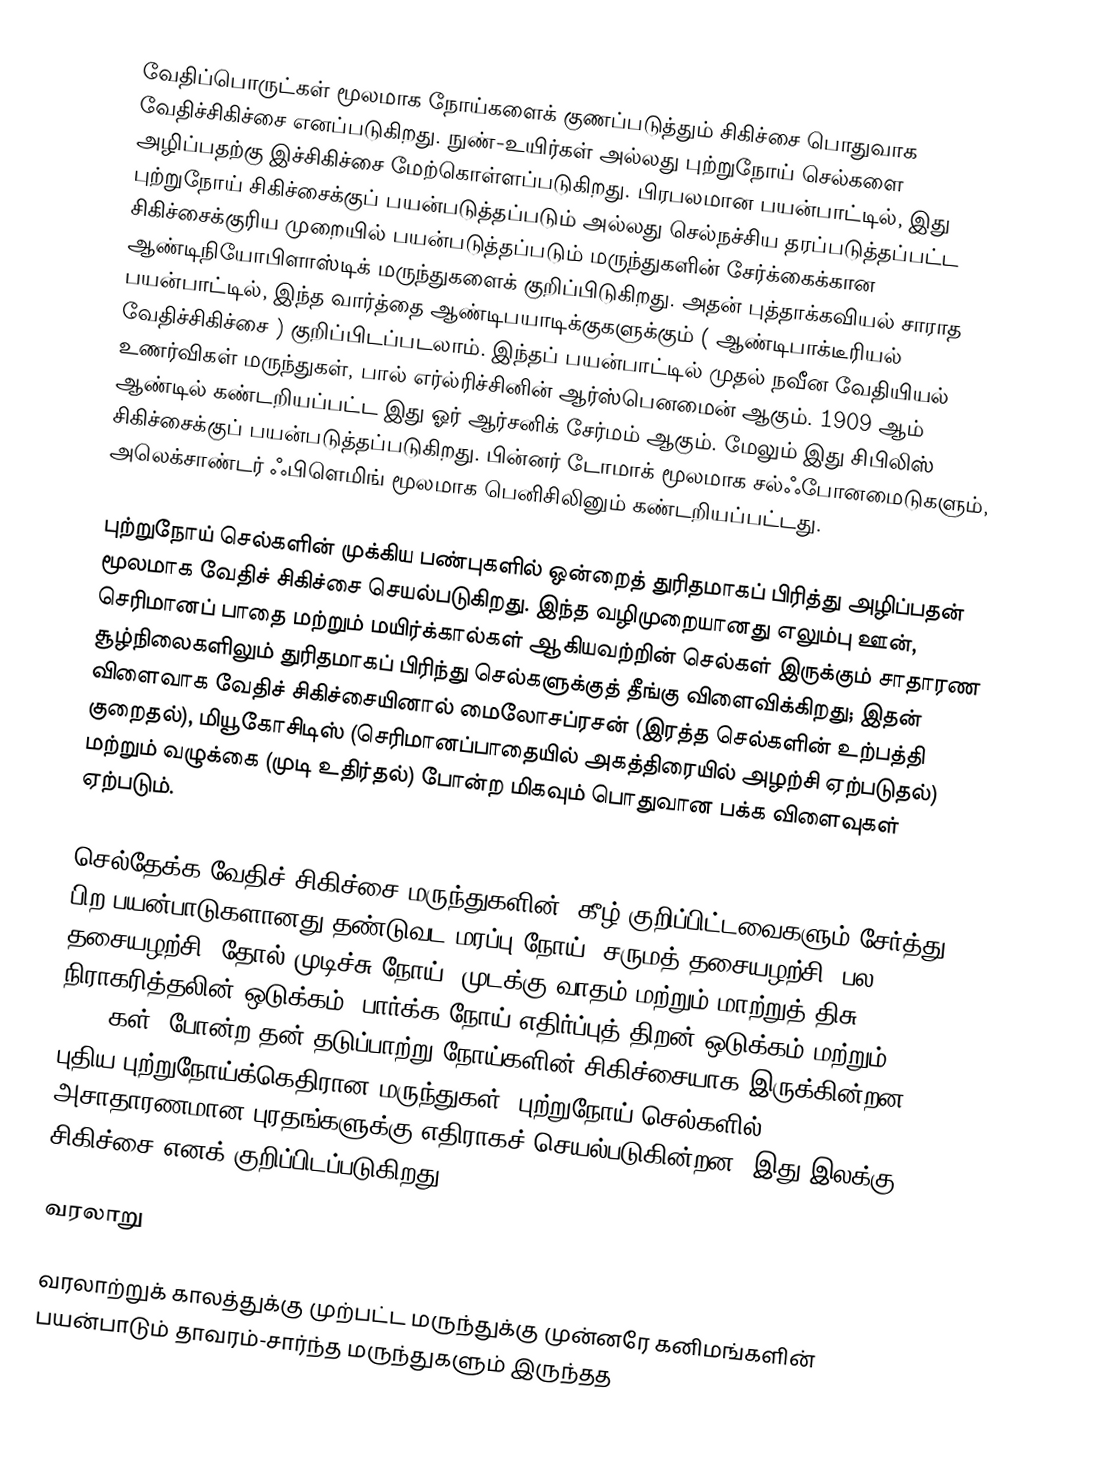
வேதிப்பொருட்கள் மூலமாக நோய்களைக் குணப்படுத்தும் சிகிச்சை பொதுவாக வேதிச்சிகிச்சை எனப்படுகிறது. நுண்-உயிர்கள் அல்லது புற்றுநோய் செல்களை அழிப்பதற்கு இச்சிகிச்சை மேற்கொள்ளப்படுகிறது. பிரபலமான பயன்பாட்டில், இது புற்றுநோய் சிகிச்சைக்குப் பயன்படுத்தப்படும் அல்லது செல்நச்சிய தரப்படுத்தப்பட்ட சிகிச்சைக்குரிய முறையில் பயன்படுத்தப்படும் மருந்துகளின் சேர்க்கைக்கான ஆண்டிநியோபிளாஸ்டிக் மருந்துகளைக் குறிப்பிடுகிறது. அதன் புத்தாக்கவியல் சாராத பயன்பாட்டில், இந்த வார்த்தை ஆண்டிபயாடிக்குகளுக்கும் ( ஆண்டிபாக்டீரியல் வேதிச்சிகிச்சை ) குறிப்பிடப்படலாம். இந்தப் பயன்பாட்டில் முதல் நவீன வேதியியல் உணர்விகள் மருந்துகள், பால் எர்ல்ரிச்சினின் ஆர்ஸ்பெனமைன் ஆகும். 1909 ஆம் ஆண்டில் கண்டறியப்பட்ட இது ஓர் ஆர்சனிக் சேர்மம் ஆகும். மேலும் இது சிபிலிஸ் சிகிச்சைக்குப் பயன்படுத்தப்படுகிறது. பின்னர் டோமாக் மூலமாக சல்ஃபோனமைடுகளும், அலெக்சாண்டர் ஃபிளெமிங் மூலமாக பெனிசிலினும் கண்டறியப்பட்டது.

புற்றுநோய் செல்களின் முக்கிய பண்புகளில் ஒன்றைத் துரிதமாகப் பிரித்து அழிப்பதன் மூலமாக வேதிச் சிகிச்சை செயல்படுகிறது. இந்த வழிமுறையானது எலும்பு ஊன், செரிமானப் பாதை மற்றும் மயிர்க்கால்கள் ஆகியவற்றின் செல்கள் இருக்கும் சாதாரண சூழ்நிலைகளிலும் துரிதமாகப் பிரிந்து செல்களுக்குத் தீங்கு விளைவிக்கிறது; இதன் விளைவாக வேதிச் சிகிச்சையினால் மைலோசப்ரசன் (இரத்த செல்களின் உற்பத்தி குறைதல்), மியூகோசிடிஸ் (செரிமானப்பாதையில் அகத்திரையில் அழற்சி ஏற்படுதல்) மற்றும் வழுக்கை (முடி உதிர்தல்) போன்ற மிகவும் பொதுவான பக்க விளைவுகள் ஏற்படும்.

செல்தேக்க வேதிச் சிகிச்சை மருந்துகளின் (கீழ் குறிப்பிட்டவைகளும் சேர்த்து) பிற பயன்பாடுகளானது தண்டுவட மரப்பு நோய், சருமத் தசையழற்சி, பல தசையழற்சி, தோல் முடிச்சு நோய், முடக்கு வாதம் மற்றும் மாற்றுத் திசு நிராகரித்தலின் ஒடுக்கம் (பார்க்க நோய் எதிர்ப்புத் திறன் ஒடுக்கம் மற்றும் DMARDகள்) போன்ற தன் தடுப்பாற்று நோய்களின் சிகிச்சையாக இருக்கின்றன. புதிய புற்றுநோய்க்கெதிரான மருந்துகள், புற்றுநோய் செல்களில் அசாதாரணமான புரதங்களுக்கு எதிராகச் செயல்படுகின்றன; இது இலக்கு சிகிச்சை எனக் குறிப்பிடப்படுகிறது.

வரலாறு

வரலாற்றுக் காலத்துக்கு முற்பட்ட மருந்துக்கு முன்னரே கனிமங்களின் பயன்பாடும் தாவரம்-சார்ந்த மருந்துகளும் இருந்தத